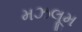
મઝલૂમ